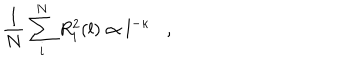
\frac { 1 } { N } \sum _ { i } ^ { N } R _ { i } ^ { 2 } ( l ) \propto l ^ { - \kappa } \, \, \, \, \, , \, \, \, \, \,